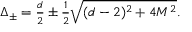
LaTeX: \textstyle \Delta _ { \pm } = \frac d 2 \pm \frac 1 2 \sqrt { ( d - 2 ) ^ { 2 } + 4 M ^ { 2 } } .